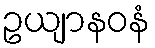
ဥယျာနဝနံ